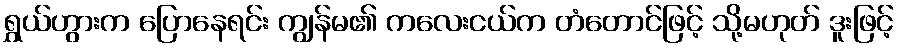
ရွှယ်ဟွားက ပြောနေရင်း ကျွန်မ၏ ကလေးငယ်က တံတောင်ဖြင့် သို့မဟုတ် ဒူးဖြင့်